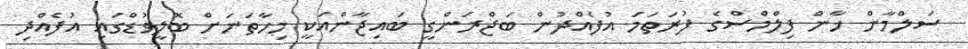
ސަލްމާން ޚާން ފިލްމްސްގެ ފުރަތަމަ އުފެއްދުން ބަޖްރަންގީ ބައިޖާންއަކީ މިހާތަނަށް ބޮލީވުޑްގައި އުފެއްދި